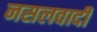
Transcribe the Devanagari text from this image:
नसलवादी